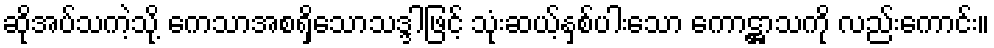
ဆိုအပ်သကဲ့သို့ ကေသာအစရှိသောသဒ္ဒါဖြင့် သုံးဆယ့်နှစ်ပါးသော ကောဋ္ဌာသကို လည်းကောင်း။